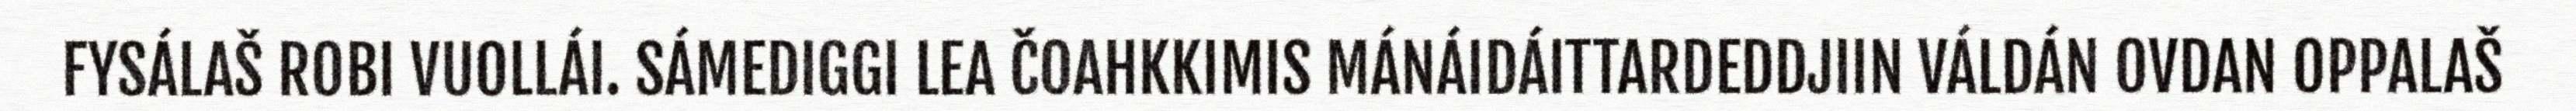
FYSÁLAŠ ROBI VUOLLÁI. SÁMEDIGGI LEA ČOAHKKIMIS MÁNÁIDÁITTARDEDDJIIN VÁLDÁN OVDAN OPPALAŠ